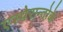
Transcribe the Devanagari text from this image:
एस्पेरान्तोके